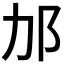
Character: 𬩳